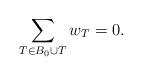
LaTeX: \begin{align*}\sum_{T\in B_0\cup T} w_T=0.\end{align*}